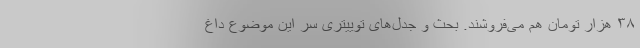
۳۸ هزار تومان هم می‌فروشند. بحث و جدل‌های توییتری سر این موضوع داغ